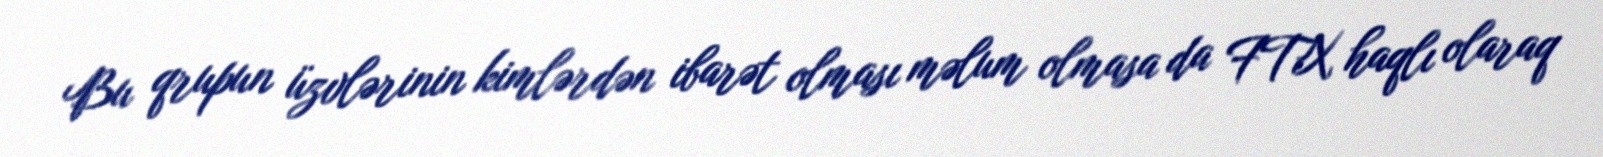
Bu qrupun üzvlərinin kimlərdən ibarət olması məlum olmasa da FTX haqlı olaraq